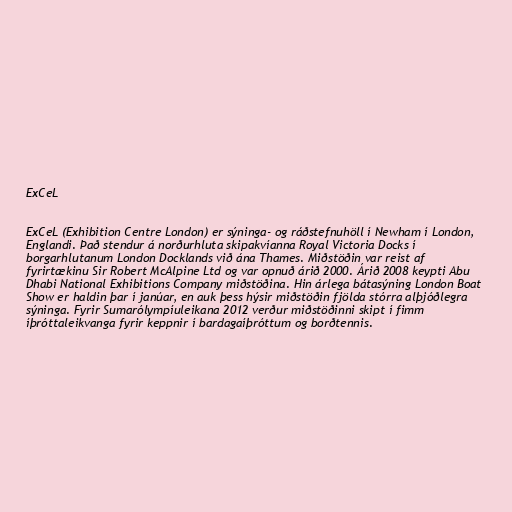
ExCeL

ExCeL (Exhibition Centre London) er sýninga- og ráðstefnuhöll í Newham í London,
Englandi. Það stendur á norðurhluta skipakvíanna Royal Victoria Docks í
borgarhlutanum London Docklands við ána Thames. Miðstöðin var reist af
fyrirtækinu Sir Robert McAlpine Ltd og var opnuð árið 2000. Árið 2008 keypti Abu
Dhabi National Exhibitions Company miðstöðina. Hin árlega bátasýning London Boat
Show er haldin þar í janúar, en auk þess hýsir miðstöðin fjölda stórra alþjóðlegra
sýninga. Fyrir Sumarólympíuleikana 2012 verður miðstöðinni skipt í fimm
íþróttaleikvanga fyrir keppnir í bardagaíþróttum og borðtennis.